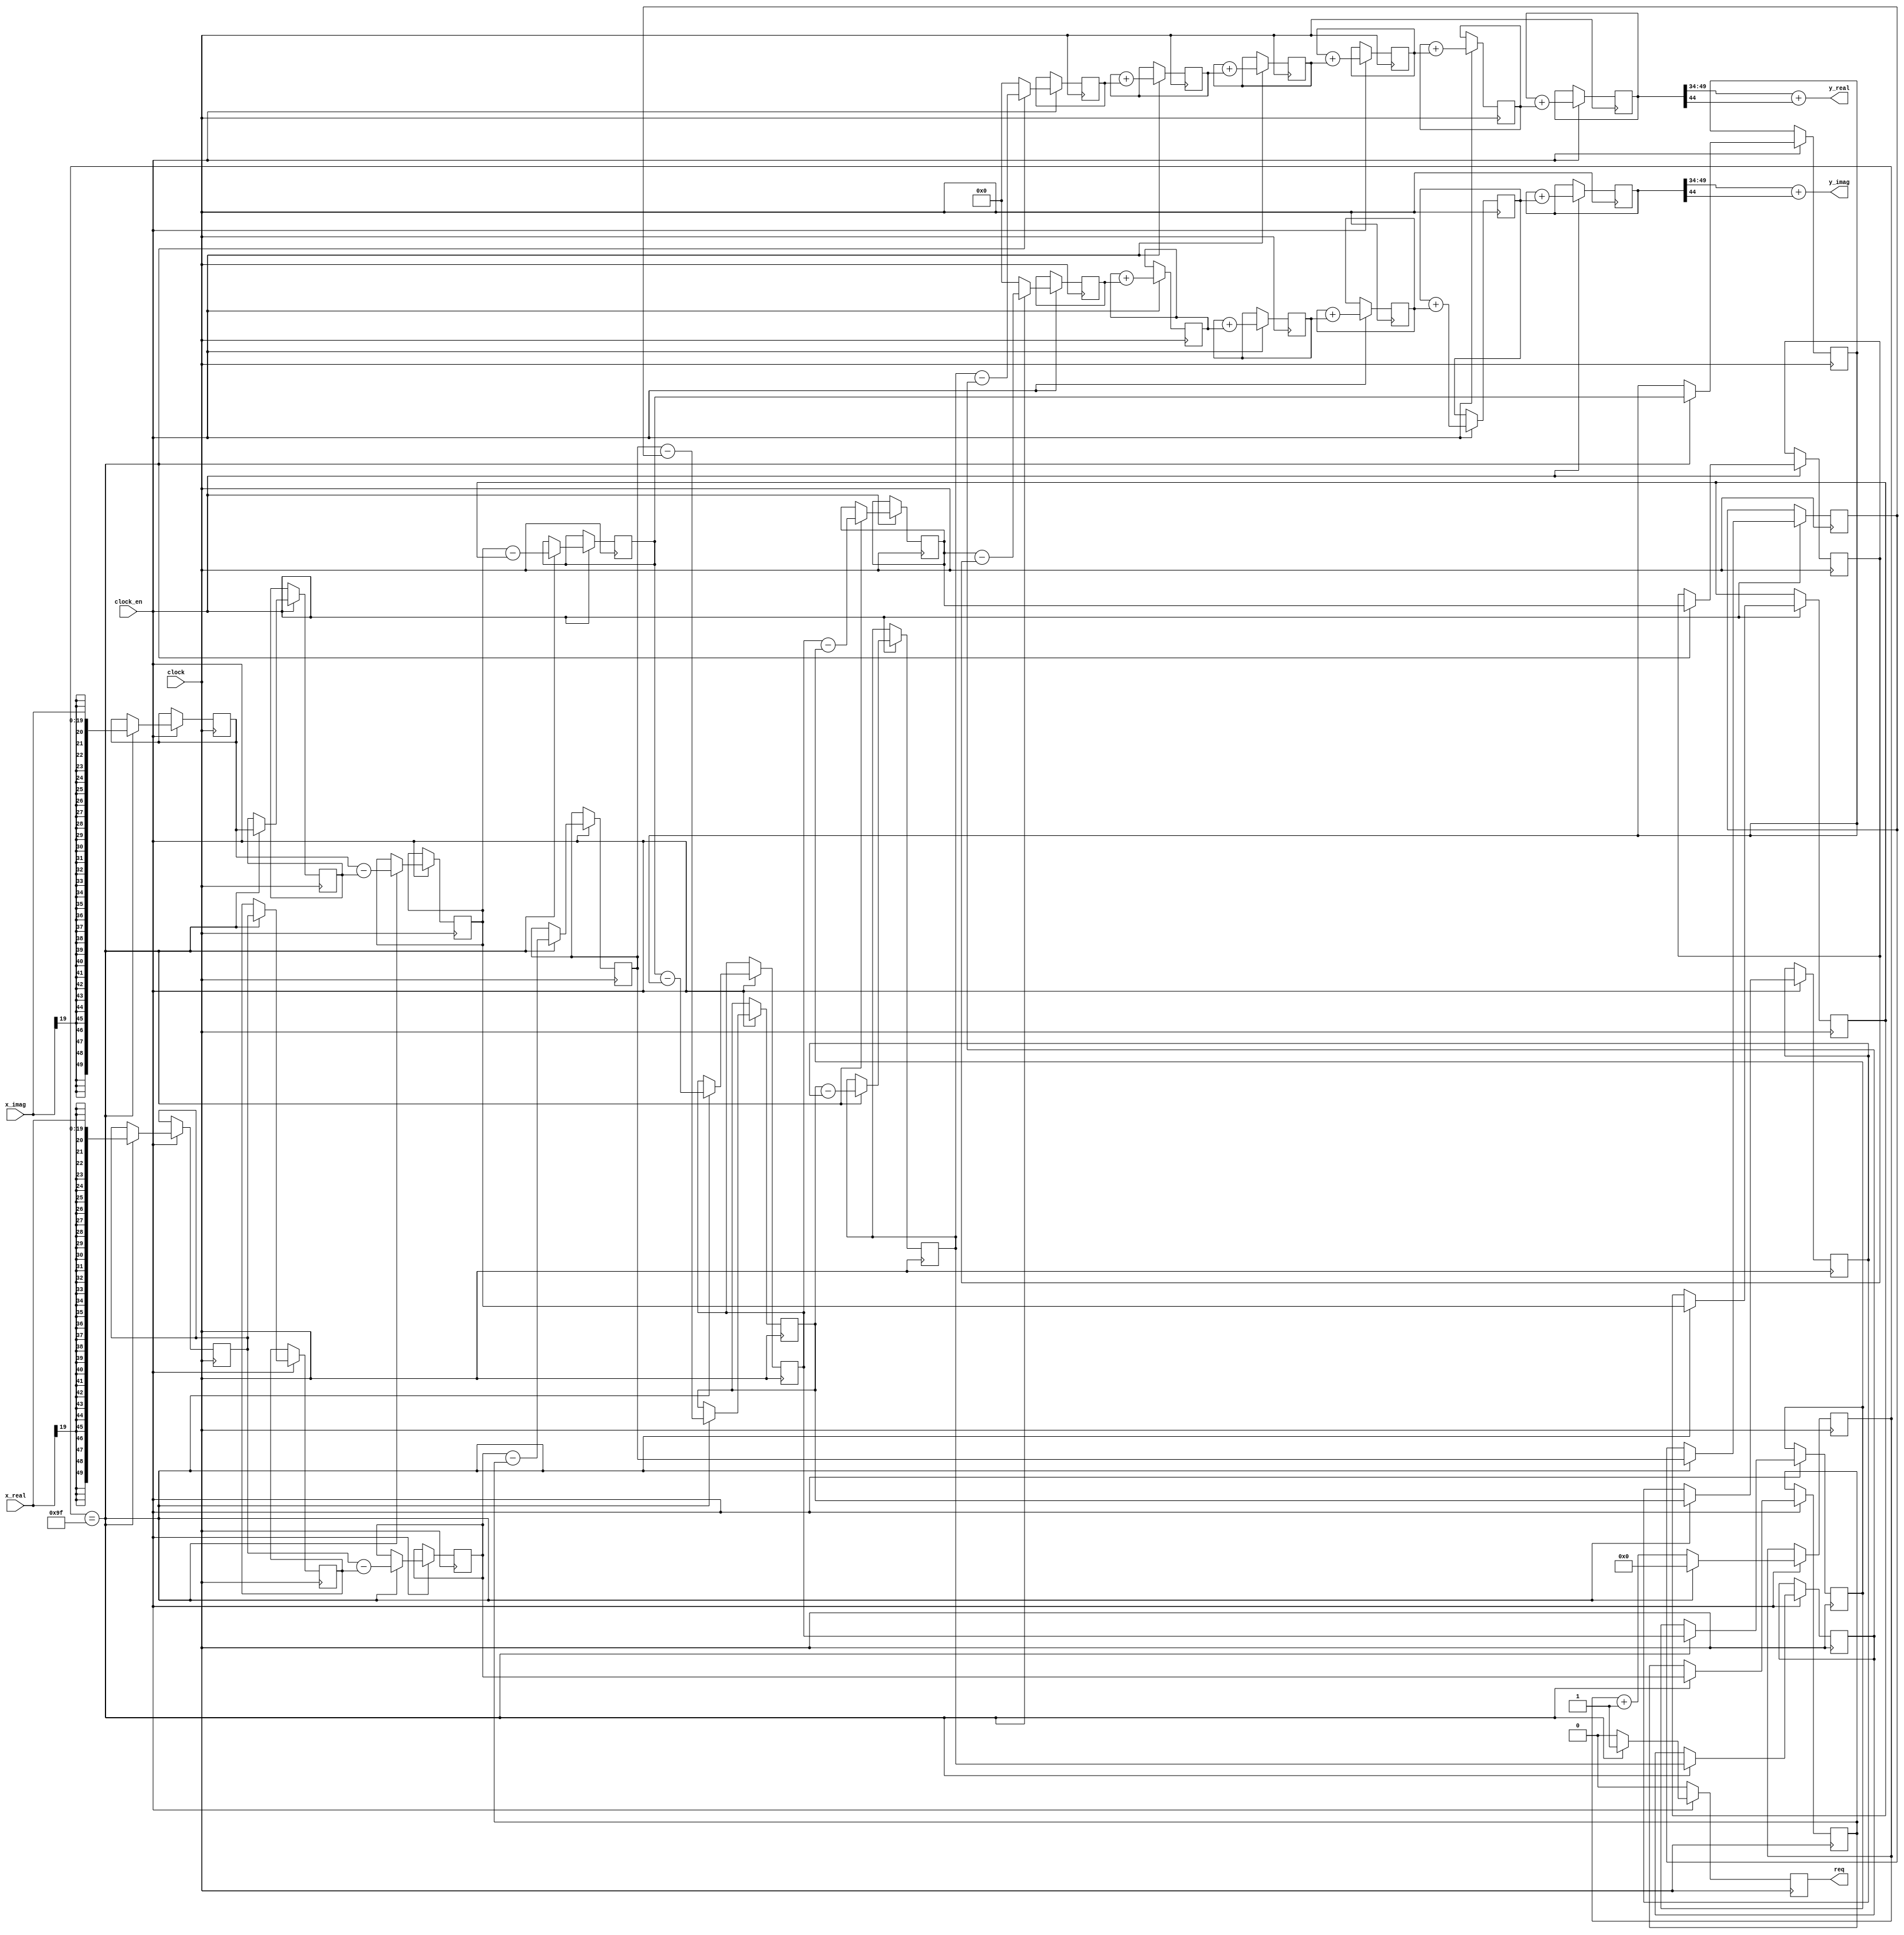
module CicInterpM5(
	input clock,
	input clock_en,				// enable an output sample
	output reg req,				// request the next input sample
	input signed [IBITS-1:0] x_real,	// input samples
	input signed [IBITS-1:0] x_imag,
	output signed [OBITS-1:0] y_real,	// output samples
	output signed [OBITS-1:0] y_imag
	);
	
	parameter RRRR = 160;		// interpolation; limited by size of counter
	parameter IBITS = 20;		// input bits
	parameter OBITS = 16;		// output bits
	parameter GBITS = 30;		//log2(RRRR ** 4);	// growth bits: growth is R**M / R
	// Note: log2() rounds UP to the next integer - Not available in Verilog!
	localparam CBITS = IBITS + GBITS;	// calculation bits  CBITS = 24 + 38 = 62

	reg [9:0] counter;		// increase for higher maximum RRRR  **** was [7:0]

	reg signed [CBITS-1:0] x0, x1, x2, x3, x4, x5, dx0, dx1, dx2, dx3, dx4;		// variables for comb, real
	reg signed [CBITS-1:0] y1, y2, y3, y4, y5;	// variables for integrator, real
	reg signed [CBITS-1:0] q0, q1, q2, q3, q4, q5, dq0, dq1, dq2, dq3, dq4;		// variables for comb, imag
	reg signed [CBITS-1:0] s1, s2, s3, s4, s5;	// variables for integrator, imag

	wire signed [CBITS-1:0] sxtxr, sxtxi;
	assign sxtxr = {{(CBITS - IBITS){x_real[IBITS-1]}}, x_real};	// sign extended
	assign sxtxi = {{(CBITS - IBITS){x_imag[IBITS-1]}}, x_imag};
//	assign y_real = y5[CBITS-1 -:OBITS]+ y5[45];		// [61:46]output data  with truncation to remove DC spur  
//	assign y_imag = s5[CBITS-1 -:OBITS]+ s5[45]; 	
	
	assign y_real = y5[CBITS-1 -:OBITS]+ y5[44];		// [61:46]output data  with truncation to remove DC spur
	assign y_imag = s5[CBITS-1 -:OBITS]+ s5[44];    // Gain of 2 for testing 
	
	initial
	begin
		counter = 0;
		req = 0;
	end

	always @(posedge clock)
	begin
		if (clock_en)
		begin
			// (x0, q0) -> comb -> (x5, q5) -> interpolate -> integrate -> (y5, s5)
			if (counter == RRRR - 10'd1)
			begin	// Process the sample (x0, q0) to get (x5, q5)
				counter <= 10'd0;
				x0 <= sxtxr;
				q0 <= sxtxi;
				req <= 1'd1;
				// Comb for real data
				x1 <= x0 - dx0;
				x2 <= x1 - dx1;			
				x3 <= x2 - dx2;				
				x4 <= x3 - dx3;				
				x5 <= x4 - dx4;			
				dx0 <= x0;
				dx1 <= x1;
				dx2 <= x2;
				dx3 <= x3;
				dx4 <= x4;
				// Comb for imaginary data
				q1 <= q0 - dq0;
				q2 <= q1 - dq1;
				q3 <= q2 - dq2;
				q4 <= q3 - dq3;
				q5 <= q4 - dq4;
				dq0 <= q0;
				dq1 <= q1;
				dq2 <= q2;
				dq3 <= q3;
				dq4 <= q4;
			end
			else
			begin
				counter <= counter + 10'd1;
				x5 <= 0;	// stuff a zero for (x5, q5)
				q5 <= 0;
				req <= 1'd0;
			end
			// Integrate the sample (x5, q5) to get the output (y5, s5)
			// Integrator for real data; input is x5
			y1 <= y1 + x5;
			y2 <= y2 + y1;
			y3 <= y3 + y2;
			y4 <= y4 + y3;
			y5 <= y5 + y4;
			// Integrator for imaginary data; input is q5
			s1 <= s1 + q5;
			s2 <= s2 + s1;
			s3 <= s3 + s2;
			s4 <= s4 + s3;
			s5 <= s5 + s4;
		end
		else
		begin
			req <= 1'd0;
		end
	end
endmodule